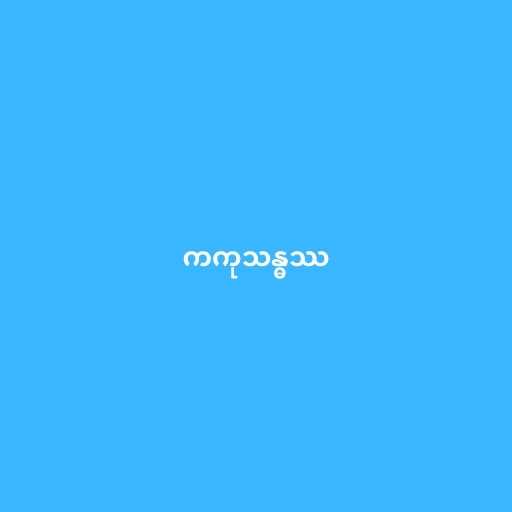
ကကုသန္ဓဿ